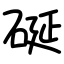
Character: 硟